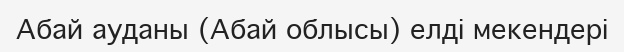
Абай ауданы (Абай облысы) елді мекендері